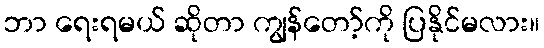
ဘာ ရေးရမယ် ဆိုတာ ကျွန်တော့်ကို ပြနိုင်မလား။